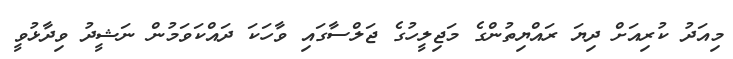
މިއަދު ކުރިއަށް ދިޔަ ރައްޔިތުންގެ މަޖިލީހުގެ ޖަލްސާގައި ވާހަކަ ދައްކަވަމުން ނަޝީދު ވިދާޅުވީ